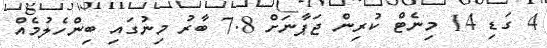
4 ގަޑި 14 މިނެޓް ކުރިން ޖަޕާނަށް 7.8 ބާރު މިނުގައި ބިންހެލުމެއް